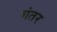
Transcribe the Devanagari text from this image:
गंतर